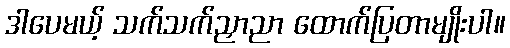
ဒါပေမယ့် သက်သက်ညှာညာ ထောက်ပြတာမျိုးပါ။